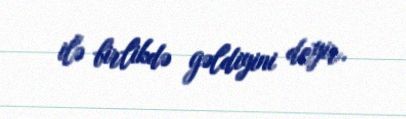
ilə birlikdə gəldiyini deyir.